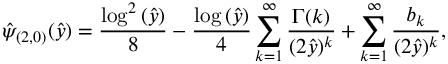
\hat { \psi } _ { ( 2 , 0 ) } ( \hat { y } ) = \frac { \log ^ { 2 } { ( \hat { y } ) } } { 8 } - \frac { \log { ( \hat { y } ) } } { 4 } \sum _ { k = 1 } ^ { \infty } \frac { \Gamma ( k ) } { ( 2 \hat { y } ) ^ { k } } + \sum _ { k = 1 } ^ { \infty } \frac { b _ { k } } { ( 2 \hat { y } ) ^ { k } } ,